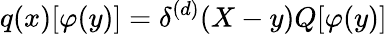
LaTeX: q(x)[\varphi(y)]=\delta^{(d)}(X-y)Q[\varphi(y)]